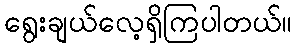
ရွေးချယ်လေ့ရှိကြပါတယ်။